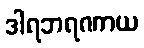
ဒါရဘရဏာယ